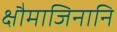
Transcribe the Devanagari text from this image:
क्षौमाजिनानि